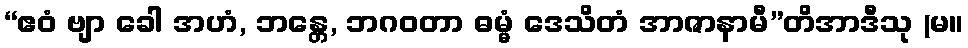
“ဧဝံ ဗျာ ခေါ အဟံ, ဘန္တေ, ဘဂဝတာ ဓမ္မံ ဒေသိတံ အာဇာနာမီ”တိအာဒီသု (မ။